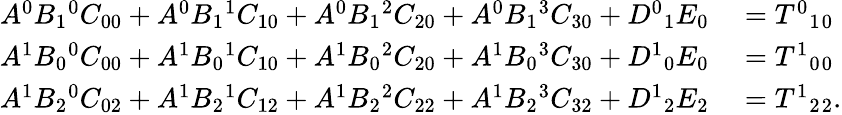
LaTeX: \begin{array}{rl}{A^{0}B_{1}{}^{0}C_{00}+A^{0}B_{1}{}^{1}C_{10}+A^{0}B_{1}{}^{2}C_{20}+A^{0}B_{1}{}^{3}C_{30}+D^{0}{}_{1}{}E_{0}}&{{}=T^{0}{}_{1}{}_{0}}\\ {A^{1}B_{0}{}^{0}C_{00}+A^{1}B_{0}{}^{1}C_{10}+A^{1}B_{0}{}^{2}C_{20}+A^{1}B_{0}{}^{3}C_{30}+D^{1}{}_{0}{}E_{0}}&{{}=T^{1}{}_{0}{}_{0}}\\ {A^{1}B_{2}{}^{0}C_{02}+A^{1}B_{2}{}^{1}C_{12}+A^{1}B_{2}{}^{2}C_{22}+A^{1}B_{2}{}^{3}C_{32}+D^{1}{}_{2}{}E_{2}}&{{}=T^{1}{}_{2}{}_{2}.}\end{array}